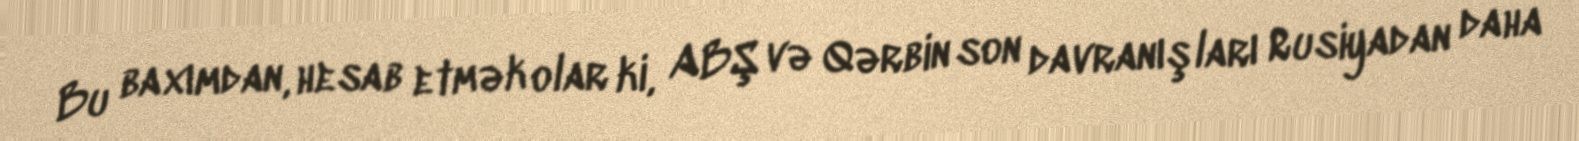
Bu baxımdan, hesab etmək olar ki, ABŞ və Qərbin son davranışları Rusiyadan daha